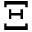
\Xi